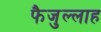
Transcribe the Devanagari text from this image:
फैजुल्लाह